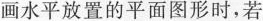
画水平放置的平面图形时，若